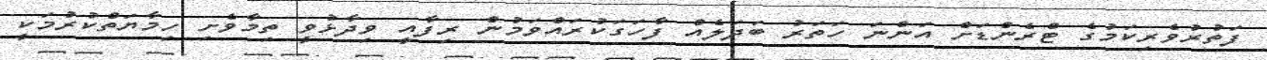
ފަތުރުވެރިކަމުގެ ޓްރެންޑަށް އަންނަަ ހަތަރު ބަދަލެއް ފާހަގަކުރައްވަމުން ރިފާއީ ވިދާޅުވީ ތިމާވެށި ހިމާޔަތްކުުރުމަކީ